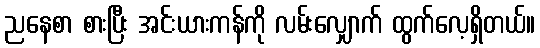
ညနေစာ စားပြီး အင်းယားကန်ကို လမ်းလျှောက် ထွက်လေ့ရှိတယ်။